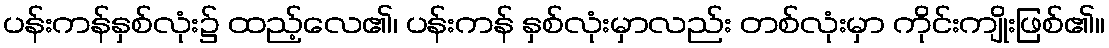
ပန်းကန်နှစ်လုံး၌ ထည့်လေ၏၊ ပန်းကန် နှစ်လုံးမှာလည်း တစ်လုံးမှာ ကိုင်းကျိုးဖြစ်၏။